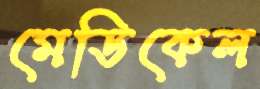
মেডিকেল